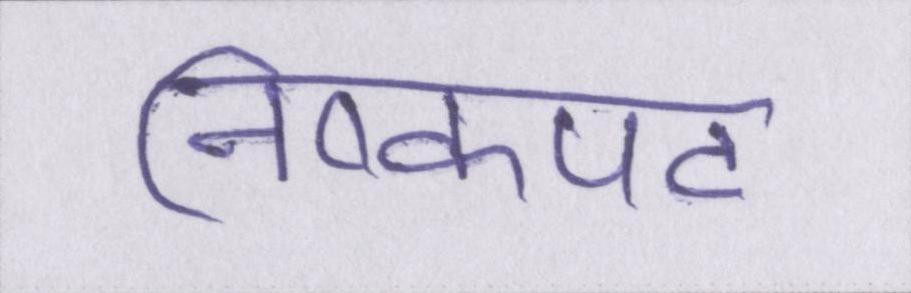
निष्कपट